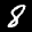
Label: 8